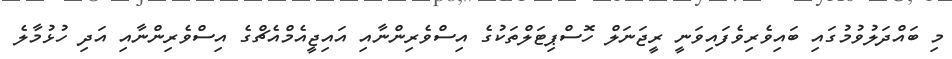
މި ބައްދަލުވުމުގައި ބައިވެރިވެފައިވަނީ ރީޖަނަލް ހޮސްޕިޓަލްތަކުގެ އިސްވެރިންނާއި އައިޖީއެމްއެޗްގެ އިސްވެރިންނާއި އަދި ހުޅުމާލެ